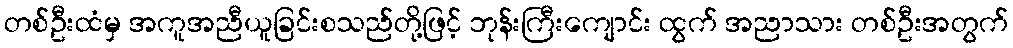
တစ်ဦးထံမှ အကူအညီယူခြင်းစသည်တို့ဖြင့် ဘုန်းကြီးကျောင်း ထွက် အညာသား တစ်ဦးအတွက်